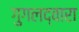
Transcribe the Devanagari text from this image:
गुगलद्वारा